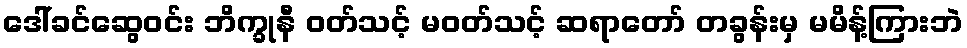
ဒေါ်ခင်ဆွေဝင်း ဘိက္ခုနီ ဝတ်သင့် မဝတ်သင့် ဆရာတော် တခွန်းမှ မမိန့်ကြားဘဲ